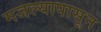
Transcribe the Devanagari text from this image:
मजल्यापासून